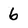
Character: 6